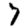
Digit: 7